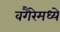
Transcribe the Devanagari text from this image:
वगैरेमध्ये